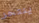
ينتحر